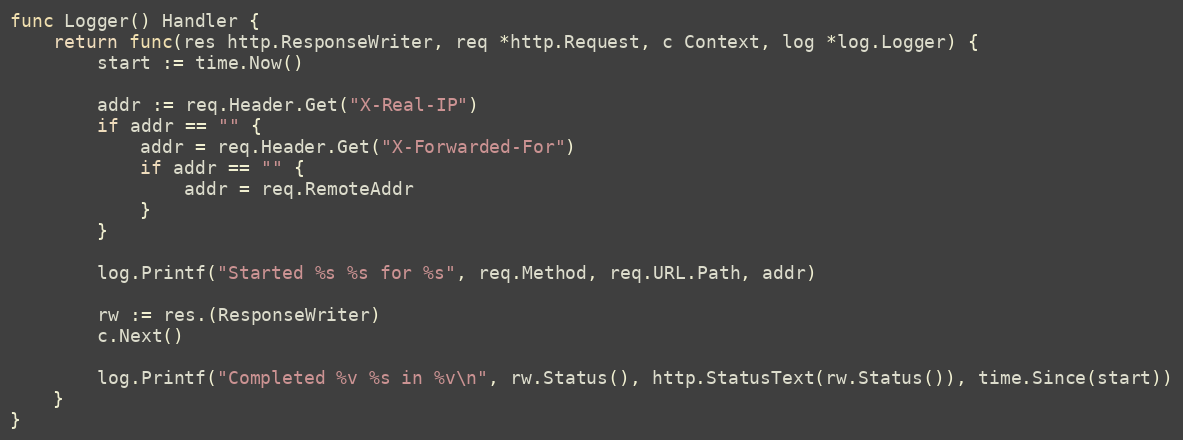
Language: Go
func Logger() Handler {
	return func(res http.ResponseWriter, req *http.Request, c Context, log *log.Logger) {
		start := time.Now()

		addr := req.Header.Get("X-Real-IP")
		if addr == "" {
			addr = req.Header.Get("X-Forwarded-For")
			if addr == "" {
				addr = req.RemoteAddr
			}
		}

		log.Printf("Started %s %s for %s", req.Method, req.URL.Path, addr)

		rw := res.(ResponseWriter)
		c.Next()

		log.Printf("Completed %v %s in %v\n", rw.Status(), http.StatusText(rw.Status()), time.Since(start))
	}
}